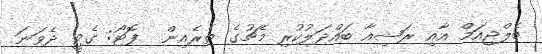
ބެލްޖިއަމް އާއި ރަޝިއާ ބައްދަލުކުރި މެޗުގެ ތެރެއިން  ފޮޓޯ: ގެޓީ ދެވަނަ